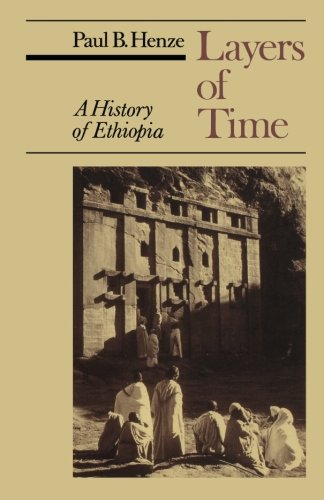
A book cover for Layers of Time: A History of Ethiopia; Paul B. Henze; History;